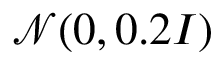
\mathcal { N } ( 0 , 0 . 2 I )